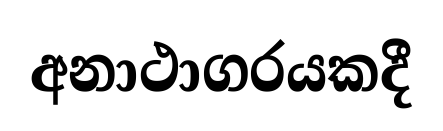
අනාථාගරයකදී